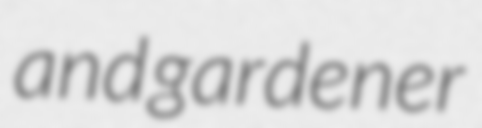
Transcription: and gardener